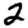
Digit: 2